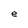
Character: e